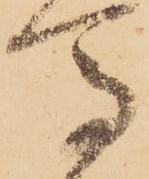
馬